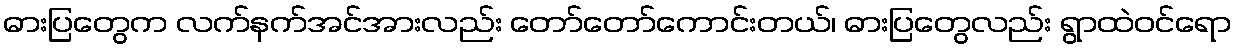
ဓားပြတွေက လက်နက်အင်အားလည်း တော်တော်ကောင်းတယ်၊ ဓားပြတွေလည်း ရွာထဲဝင်ရော